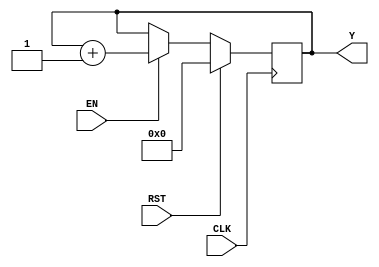
`timescale 1ns / 1ps
//////////////////////////////////////////////////////////////////////////////////
// Company: 
// Engineer: 
// 
// Design Name: 
// Module Name: COUNTER_5B
// Project Name: 
// Target Devices: 
// Tool Versions: 
// Description: 
// 
// Dependencies: 
// 
// Revision:
// Revision 0.01 - File Created
// Additional Comments:
// 
//////////////////////////////////////////////////////////////////////////////////


module COUNTER_5B #(parameter P=5)(

    input wire CLK,
    input wire EN, 
    input wire RST, 
    output reg [P-1:0] Y
    );
    
       
       
       always @(posedge CLK)
          if (RST)
             Y <= {P{1'b0}};
          else if (EN)
             Y <= Y + 1'b1;
   
endmodule